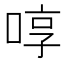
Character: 啍